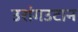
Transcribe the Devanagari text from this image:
उरांगउटान